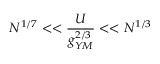
N ^ { 1 / 7 } < < \frac { U } { g _ { Y M } ^ { 2 / 3 } } < < N ^ { 1 / 3 }